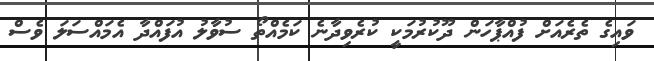
ވައިގެ ތެރެއަށް ފުއްޕާހަން ދޫކުރުމަކީ ކުރެވިދާނެ ކަމެއްތޯ ސުވާލު އުފައްދާ އެމައްސަލަ ވެސް